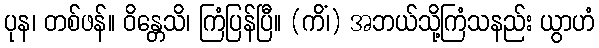
ပုန၊ တစ်ဖန်။ ဝိန္တေသိ၊ ကြံပြန်ပြီ။ (ကိံ၊) အဘယ်သို့ကြံသနည်း ယွာဟံ